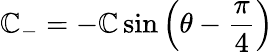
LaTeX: \mathbb{C}_{-}=-\mathbb{C}\sin{\left(\theta-{\frac{{\pi}}{{4}}}\right)}